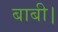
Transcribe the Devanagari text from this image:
बाबी।